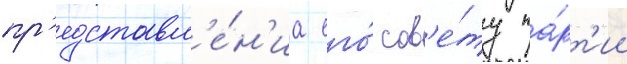
пр'едставл'е́н'иа его́ сов'е́ту па́рт'ии